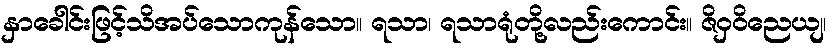
နှာခေါင်းဖြင့်သိအပ်သောကုန်သော။ ရသာ၊ ရသာရုံတို့လည်းကောင်း။ ဇိဝှဝိညေယျ၊